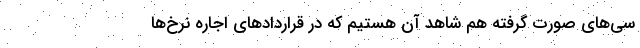
سی‌های صورت گرفته هم شاهد آن هستیم که در قرارداد‌های اجاره نرخ‌ها